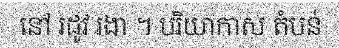
នៅ រដូវ រងា ។ បរិយាកាស តំបន់